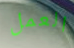
العمل